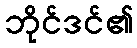
ဘိုင်ဒင်၏